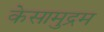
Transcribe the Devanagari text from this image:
केसामुद्रम